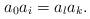
LaTeX: \begin{align*}a_0a_i = a_la_k.\end{align*}